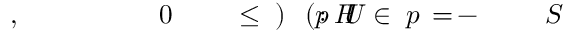
S \! \! \! \! \! \! \! \! \! \! \! \! ^ { \! } \! \! \! \! \! \! \! \! \! \! \! - \! \! \! \! \! \! \! \! \! \! \! \! = \! \! \! \! \! \! \! \! \! \! \! \! { p \! \! \! \! \! \! \! \! \! \! \! \! \in \! \! \! \! \! \! \! \! \! \! \! \! U \! \! \! \! \! \! \! \! \! \! \! \! : H \! \! \! \! \! \! \! \! \! \! \! \! ( p \! \! \! \! \! \! \! \! \! \! \! \! ) \! \! \! \! \! \! \! \! \! \! \! \! \leq \! \! \! \! \! \! \! \! \! \! \! \! \! \! \! \! \! \! \! \! \! \! \! \! 0 \! \! \! \! \! \! \! \! \! \! \! \! \! \! \! \! \! \! \! \! \! \! \! \! } \! \! \! \! \! \! \! \! \! \! \! \! , \! \! \! \! \! \! \! \! \! \! \!